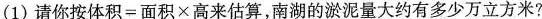
(1)请你按体积=面积\times高来估算，南湖的淤泥量大约有多少万立方米?